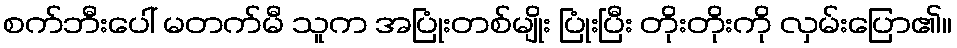
စက်ဘီးပေါ် မတက်မီ သူက အပြုံးတစ်မျိုး ပြုံးပြီး တိုးတိုးကို လှမ်းပြော၏။